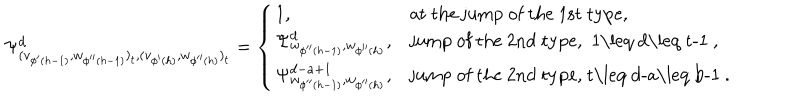
\Psi _ { ( v _ { \phi ^ { \prime } ( h - 1 ) } , w _ { \phi ^ { \prime \prime } ( h - 1 ) } ) _ { t } , ( v _ { \phi ^ { \prime } ( h ) } , w _ { \phi ^ { \prime \prime } ( h ) } ) _ { t } } ^ { d } = \left\{ \begin{array} { l l } { { 1 , } } & { { \mathrm { a t ~ t h e ~ j u m p ~ o f ~ t h e ~ 1 s t ~ t y p e , } } } \\ { { \Psi _ { w _ { \phi ^ { \prime \prime } ( h - 1 ) } , w _ { \phi ^ { \prime \prime } ( h ) } } ^ { d } , } } & { { \mathrm { j u m p ~ o f ~ t h e ~ 2 n d ~ t y p e , ~ 1 \leq ~ d \leq ~ t - 1 ~ , } } } \\ { { \Psi _ { w _ { \phi ^ { \prime \prime } ( h - 1 ) } , w _ { \phi ^ { \prime \prime } ( h ) } } ^ { d - a + 1 } , } } & { { \mathrm { j u m p ~ o f ~ t h e ~ 2 n d ~ t y p e , ~ t \leq ~ d - a \leq ~ b - 1 ~ . } } } \\ \end{array} \right.